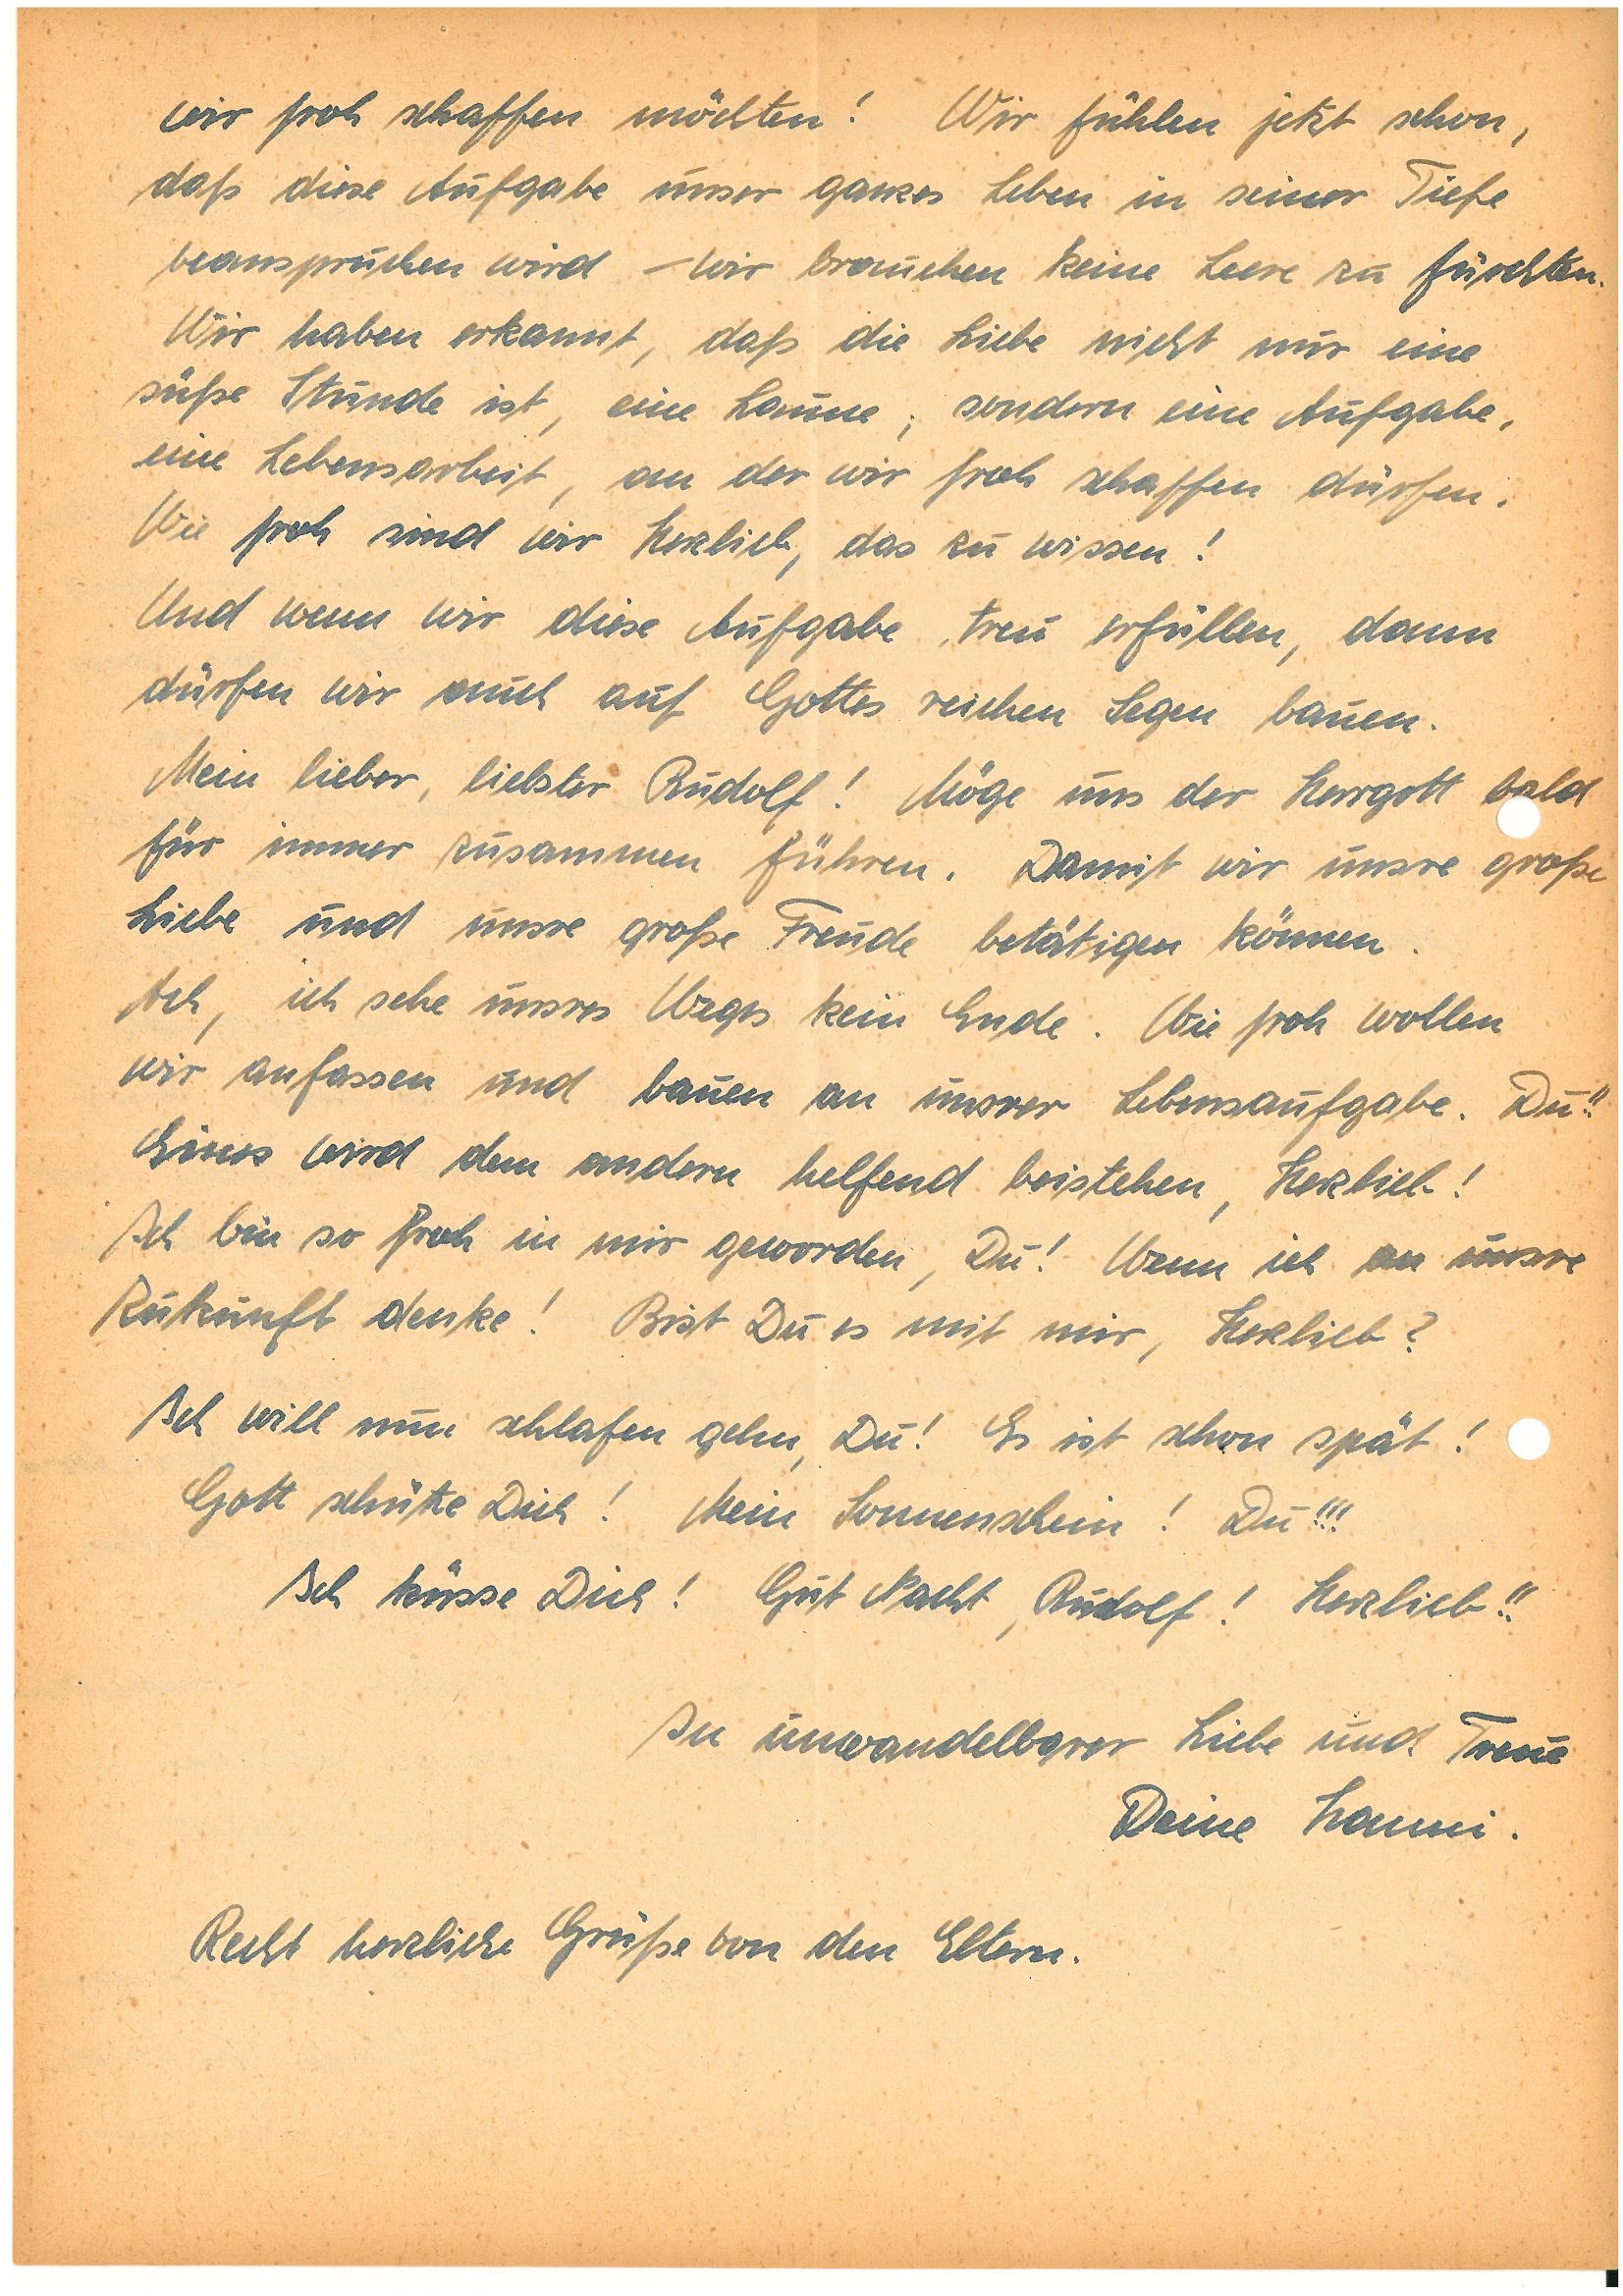
wir froh schaffen möchten! Wir fühlen jetzt schon,
daß diese Aufgabe unser ganzes Leben in seiner Tiefe
beanspruchen wird – wir brauchen keine Leere zu fürchten.
Wir haben erkannt, daß die Liebe nicht nur eine
süße Stunde ist, eine Laune; sondern eine Aufgabe,
eine Lebensarbeit, an der wir froh schaffen dürfen.
Wie froh sind wir Herzlieb, das zu wissen!
Und wenn wir diese Aufgabe treu erfüllen, dann
dürfen wir auch auf Gottes reichen Segen bauen.
Mein lieber, liebster! Möge uns der Herrgott bald
für immer zusammen führen. Damit wir unsre große
Liebe und unsre große Freude betätigen können.
Ach, ich sehe unsres Weges kein Ende. Wie froh wollen
wir anfassen und bauen an unsrer Lebensaufgabe. Du!!
Eines wird dem andern helfend beistehen, Herzlieb!
Ich bin so froh in mir geworden, Du! Wenn ich an unsre
Zukunft denke! Bist Du es mit mir, Herzlieb?
Ich will nun schlafen gehn, Du! Es ist schon spät!
Gott schütze Dich! Mein Sonnenschein! Du!!!
Ich küsse Dich! Gut Nacht,! Herzlieb!!
In unwandelbarer Liebe und Treue
Deine.
Recht herzliche Grüße von den Eltern.